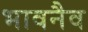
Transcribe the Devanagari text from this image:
भावनैव